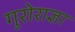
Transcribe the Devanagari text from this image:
गुरोराज्ञा